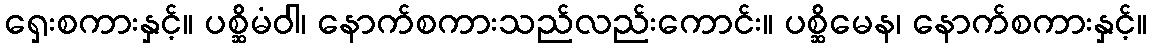
ရှေးစကားနှင့်။ ပစ္ဆိမံဝါ၊ နောက်စကားသည်လည်းကောင်း။ ပစ္ဆိမေန၊ နောက်စကားနှင့်။